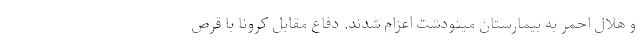
و هلال احمر به بیمارستان مینودشت اعزام شدند. دفاع مقابل کرونا با قرص